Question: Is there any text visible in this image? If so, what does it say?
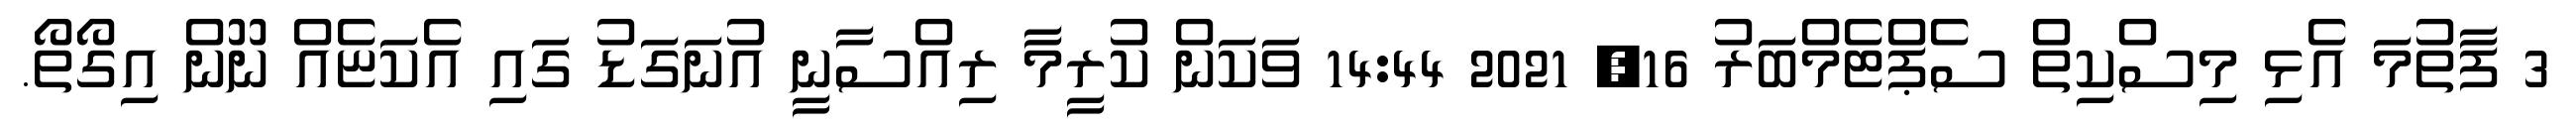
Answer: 3 ފާތުމަ އެޅި މިސްކިތް ސެޕްޓެމްބަރު 16, 2021 14:44 ވަކަން ކުރީމާ ރިއްސާނީ އުނަގަޑު ގައި އެކަޏެއް ނޫން އިގޯތޯ.